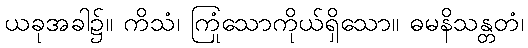
ယခုအခါ၌။ ကိသံ၊ ကြုံသောကိုယ်ရှိသော။ ဓမနိသန္တတံ၊